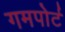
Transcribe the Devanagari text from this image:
गमपोर्ट